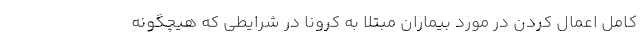
کامل اعمال کردن در مورد بیماران مبتلا به کرونا در شرایطی که هیچگونه